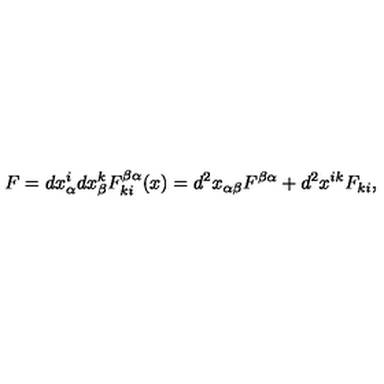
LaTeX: F = d x _ { \alpha } ^ { i } d x _ { \beta } ^ { k } F _ { k i } ^ { \beta \alpha } ( x ) = d ^ { 2 } x _ { \alpha \beta } F ^ { \beta \alpha } + d ^ { 2 } x ^ { i k } F _ { k i } ,